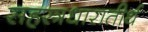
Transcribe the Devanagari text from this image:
सहस्त्रधारातीर्थ